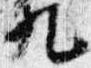
九